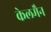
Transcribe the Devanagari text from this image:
केलमैन